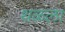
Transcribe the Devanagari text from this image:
थळला